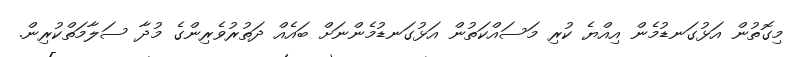
މިގޮތުން އަޅުގަނޑުމެން އިއްޔެ ކުރި މަސައްކަތުން އަޅުގަނޑުމެންނަށް ބައެއް ދަތުރުވެރިންގެ މުދާ ސަލާމަތްކުރިން.